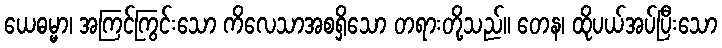
ယေဓမ္မာ၊ အကြင်ကြွင်းသော ကိလေသာအစရှိသော တရားတို့သည်။ တေန၊ ထိုပယ်အပ်ပြီးသော